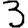
Digit: 3